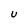
Character: U